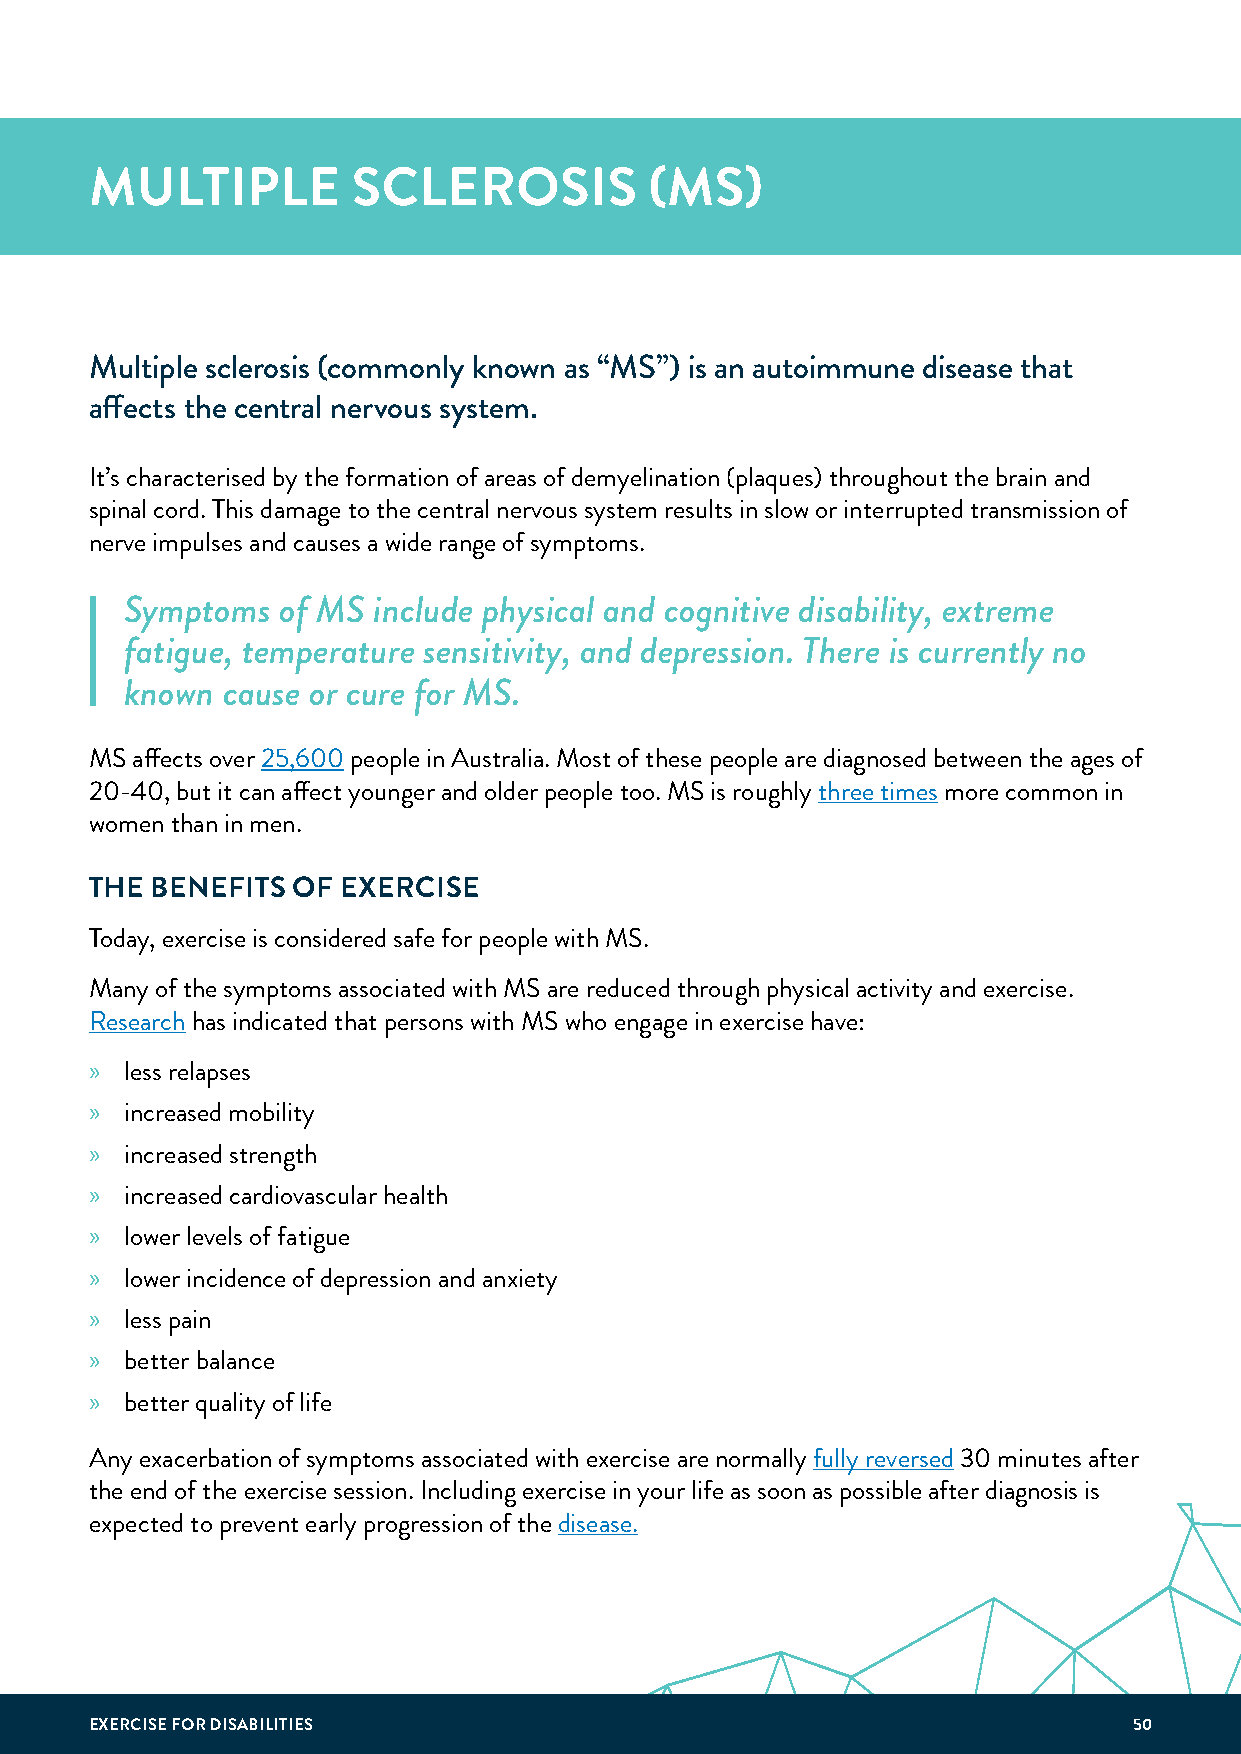
MULTIPLE         SCLEROSIS           (MS)
 Multiple sclerosis (commonly known as “MS”) is an autoimmune disease that
 affects the central nervous system.
 It’s characterised by the formation of areas of demyelination (plaques) throughout the brain and
 spinal cord. This damage to the central nervous system results in slow or interrupted transmission of
 nerve impulses and causes a wide range of symptoms.
 Symptoms  of MS  include physical and cognitive disability, extreme
 fatigue, temperature sensitivity, and depression. There is currently no
 known  cause or cure for MS.
 MS affects over 25,600 people in Australia. Most of these people are diagnosed between the ages of
 20-40, but it can affect younger and older people too. MS is roughly three times more common in
 women than in men.
 THE BENEFITS OF  EXERCISE
 Today, exercise is considered safe for people with MS.
 Many of the symptoms associated with MS are reduced through physical activity and exercise.
 Research has indicated that persons with MS who engage in exercise have:
 » less relapses
 » increased mobility
 » increased strength
 » increased cardiovascular health
 » lower levels of fatigue
 » lower incidence of depression and anxiety
 » less pain
 » better balance
 » better quality of life
 Any exacerbation of symptoms associated with exercise are normally fully reversed 30 minutes after
 the end of the exercise session. Including exercise in your life as soon as possible after diagnosis is
 expected to prevent early progression of the disease.
 EXERCISE FOR DISABILITIES                                            50